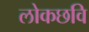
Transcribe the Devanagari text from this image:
लोकछवि